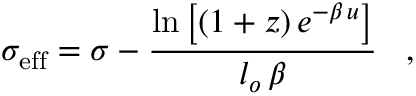
\sigma _ { \mathrm { e f f } } = \sigma - \frac { \mathrm { l n } \left[ ( 1 + z ) \, e ^ { - \beta \, u } \right] } { l _ { o } \, \beta } \, \, \, \, \, , \, \, \, \, \,